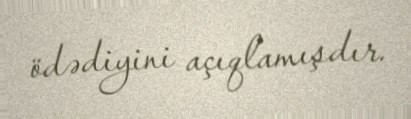
ödədiyini açıqlamışdır.